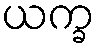
ယက္ခ